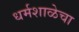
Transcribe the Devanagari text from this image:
धर्मशाळेचा